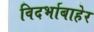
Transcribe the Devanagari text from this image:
विदर्भाबाहेर